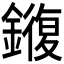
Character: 𫓍